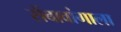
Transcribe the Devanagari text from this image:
सेंबावांगाला